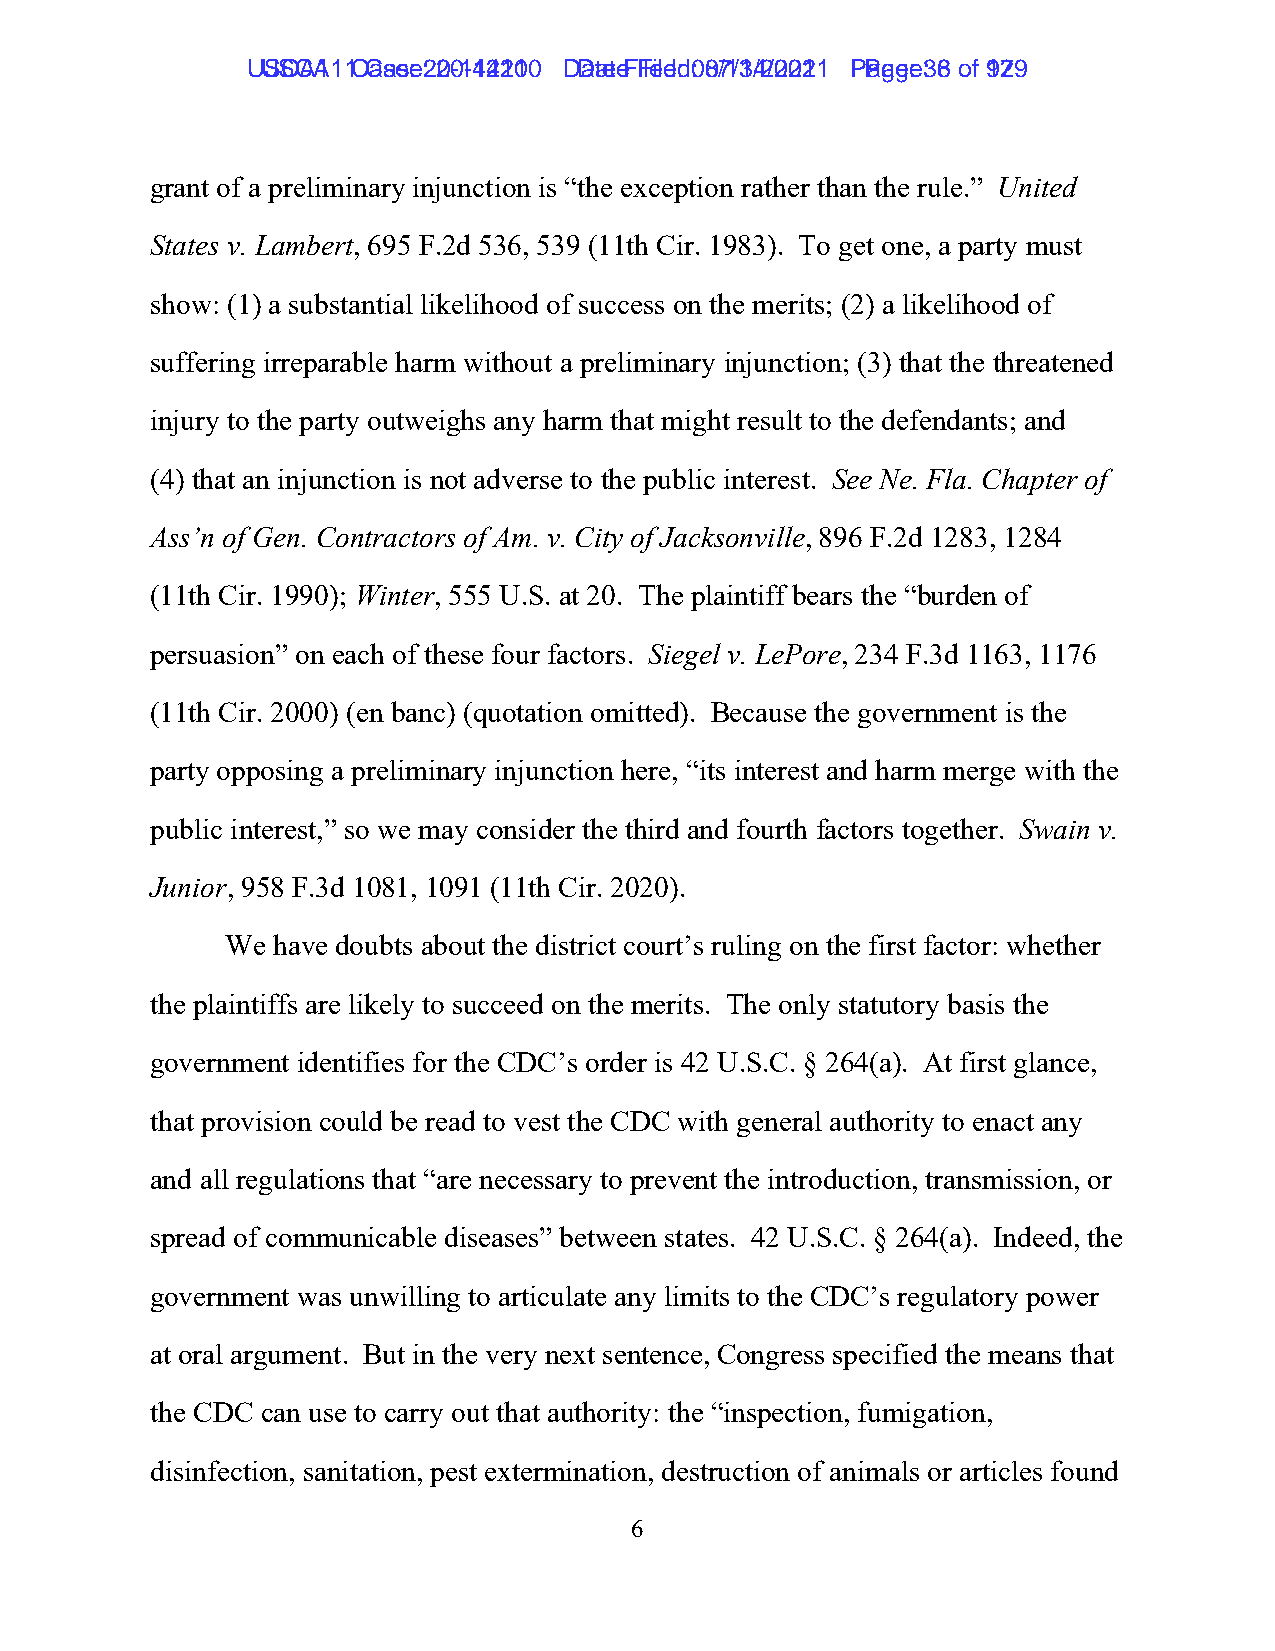
UUSSCCAA111 1C Casaes:e 2: 02-01-41241201 0 D Dataet eF Fileilde:d 0: 80/71/31/42/022012 1 P Pagaeg:e 3: 86 ooff 19279
 grant of a preliminary injunction is “the exception rather than the rule.” United
 States v. Lambert, 695 F.2d 536, 539 (11th Cir. 1983). To get one, a party must
 show: (1) a substantial likelihood of success on the merits; (2) a likelihood of
 suffering irreparable harm without a preliminary injunction; (3) that the threatened
 injury to the party outweighs any harm that might result to the defendants; and
 (4) that an injunction is not adverse to the public interest. See Ne. Fla. Chapter of
 Ass’n of Gen. Contractors of Am. v. City of Jacksonville, 896 F.2d 1283, 1284
 (11th Cir. 1990); Winter, 555 U.S. at 20. The plaintiff bears the “burden of
 persuasion” on each of these four factors. Siegel v. LePore, 234 F.3d 1163, 1176
 (11th Cir. 2000) (en banc) (quotation omitted). Because the government is the
 party opposing a preliminary injunction here, “its interest and harm merge with the
 public interest,” so we may consider the third and fourth factors together. Swain v.
 Junior, 958 F.3d 1081, 1091 (11th Cir. 2020).
 We have doubts about the district court’s ruling on the first factor: whether
 the plaintiffs are likely to succeed on the merits. The only statutory basis the
 government identifies for the CDC’s order is 42 U.S.C. § 264(a). At first glance,
 that provision could be read to vest the CDC with general authority to enact any
 and all regulations that “are necessary to prevent the introduction, transmission, or
 spread of communicable diseases” between states. 42 U.S.C. § 264(a). Indeed, the
 government was unwilling to articulate any limits to the CDC’s regulatory power
 at oral argument. But in the very next sentence, Congress specified the means that
 the CDC can use to carry out that authority: the “inspection, fumigation,
 disinfection, sanitation, pest extermination, destruction of animals or articles found
 6